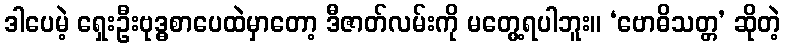
ဒါပေမဲ့ ရှေးဦးဗုဒ္ဓစာပေထဲမှာတော့ ဒီဇာတ်လမ်းကို မတွေ့ရပါဘူး။ ‘ဗောဓိသတ္တ’ ဆိုတဲ့